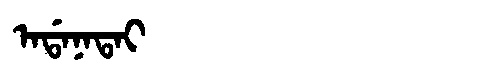
Manchu: ᠠᡩᠠᠨᠠᡨᠠᡳ
Romanization: ADANATAI